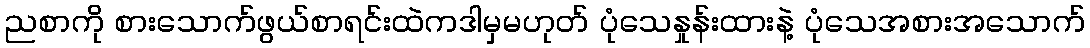
ညစာကို စားသောက်ဖွယ်စာရင်းထဲကဒါမှမဟုတ် ပုံသေနှုန်းထားနဲ့ ပုံသေအစားအသောက်